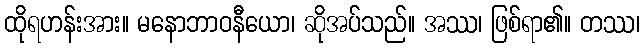
ထိုရဟန်းအား။ မနောဘာဝနီယော၊ ဆိုအပ်သည်။ အဿ၊ ဖြစ်ရာ၏။ တဿ၊